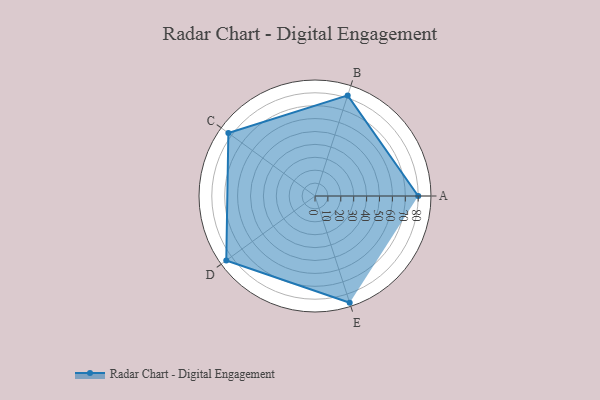
{"axis": {"x": "Skill", "y": "Score"}, "legend": ["Profile"], "data": [{"x": "A", "y": 80.0, "type": "Profile"}, {"x": "B", "y": 82.0, "type": "Profile"}, {"x": "C", "y": 83.0, "type": "Profile"}, {"x": "D", "y": 85.0, "type": "Profile"}, {"x": "E", "y": 87.0, "type": "Profile"}]}